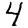
Digit: 4